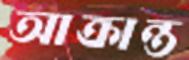
আক্রান্ত